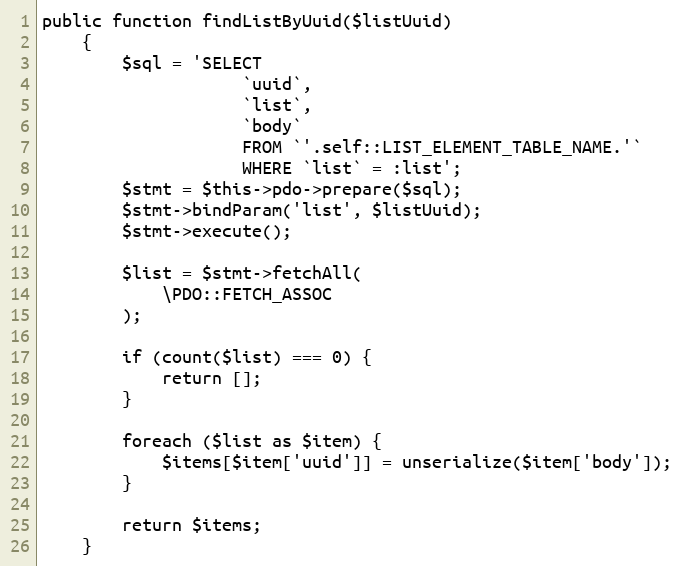
Language: PHP
public function findListByUuid($listUuid)
    {
        $sql = 'SELECT
                    `uuid`,
                    `list`,
                    `body`
                    FROM `'.self::LIST_ELEMENT_TABLE_NAME.'`
                    WHERE `list` = :list';
        $stmt = $this->pdo->prepare($sql);
        $stmt->bindParam('list', $listUuid);
        $stmt->execute();

        $list = $stmt->fetchAll(
            \PDO::FETCH_ASSOC
        );

        if (count($list) === 0) {
            return [];
        }

        foreach ($list as $item) {
            $items[$item['uuid']] = unserialize($item['body']);
        }

        return $items;
    }